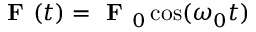
\textbf { F } ( t ) = \textbf { F } _ { 0 } \cos ( \omega _ { 0 } t )